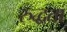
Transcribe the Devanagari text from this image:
रुद्धता